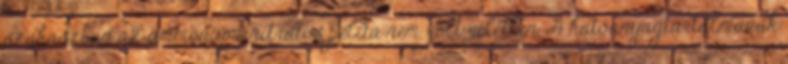
szakaszban az ammónium-nitrátos példa nem volt véletlen. A hatóanyagtartalmának